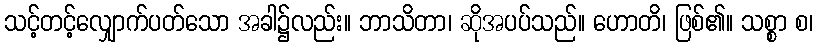
သင့်တင့်လျှောက်ပတ်သော အခါ၌လည်း။ ဘာသိတာ၊ ဆိုအပပ်သည်။ ဟောတိ၊ ဖြစ်၏။ သစ္စာ စ၊